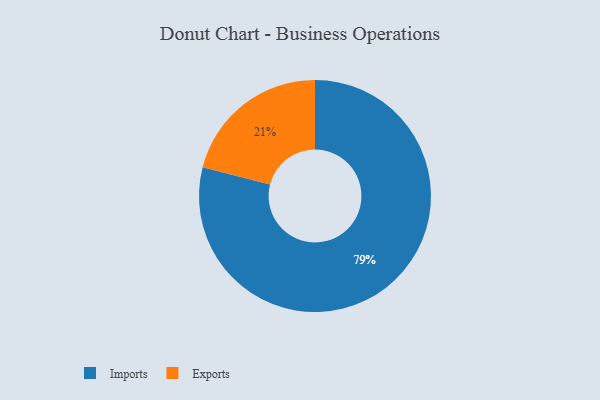
{"axis": {"x": "Category", "y": "Percentage"}, "legend": ["Exports", "Imports"], "data": [{"x": "Exports", "y": 21, "type": "Exports"}, {"x": "Imports", "y": 79, "type": "Imports"}]}